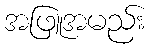
အဖြူအမည်း